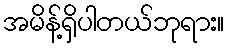
အမိန့်ရှိပါတယ်ဘုရား။